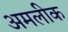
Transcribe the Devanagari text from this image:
अमलीक